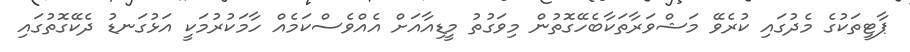
ޕާޓީތަކުގެ މެދުގައި ކުރެވޭ މަޝްވަރާތަކާބެހޭގޮތުން މިވަގުތު މީޑިއާއަށް އެއްވެސްކަމެއް ހާމަކުރުމަކީ އަޅުގަނޑު ދެކޭގޮތުގައި